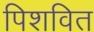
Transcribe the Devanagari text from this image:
पिशवित